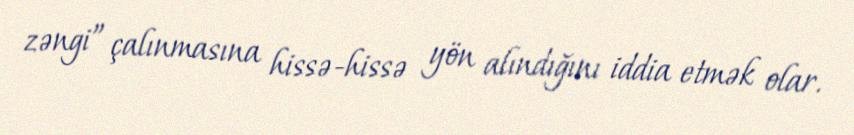
zəngi” çalınmasına hissə-hissə yön alındığını iddia etmək olar.